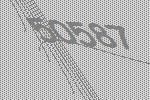
50587